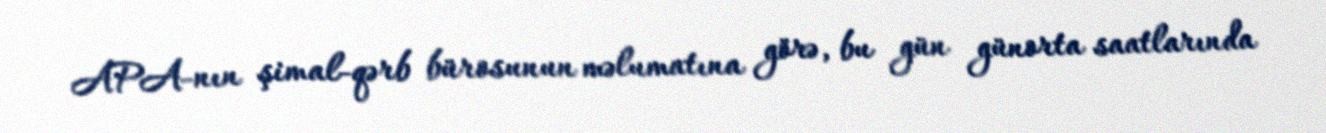
APA-nın şimal-qərb bürosunun məlumatına görə, bu gün günorta saatlarında